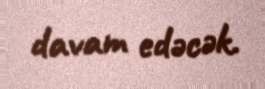
davam edəcək.